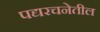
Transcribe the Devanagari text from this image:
पद्यरचनेतील